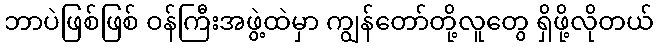
ဘာပဲဖြစ်ဖြစ် ဝန်ကြီးအဖွဲ့ထဲမှာ ကျွန်တော်တို့လူတွေ ရှိဖို့လိုတယ်